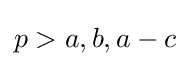
p>a,b,a-c